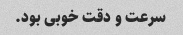
سرعت و دقت خوبی بود.